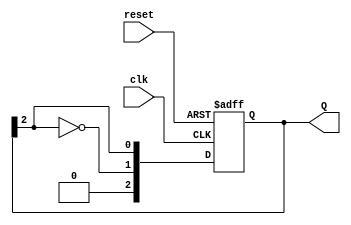
module JohnsonCounter #(parameter N = 3) (
    input wire clk,          // Clock input
    input wire reset,        // Asynchronous reset
    output reg [N-1:0] Q     // Counter output
);

    always @(posedge clk or posedge reset) begin
        if (reset) begin
            Q <= 0;          // Initialize counter to 0 on reset
        end else begin
            Q <= {~Q[N-1], Q[N-1:N-1]}; // Shift and feed inverted last bit to first
        end
    end

endmodule